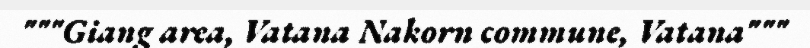
"""Giang area, Vatana Nakorn commune, Vatana"""